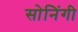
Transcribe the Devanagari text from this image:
सोनिंगी